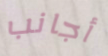
أجانب